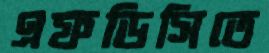
এফডিসিতে